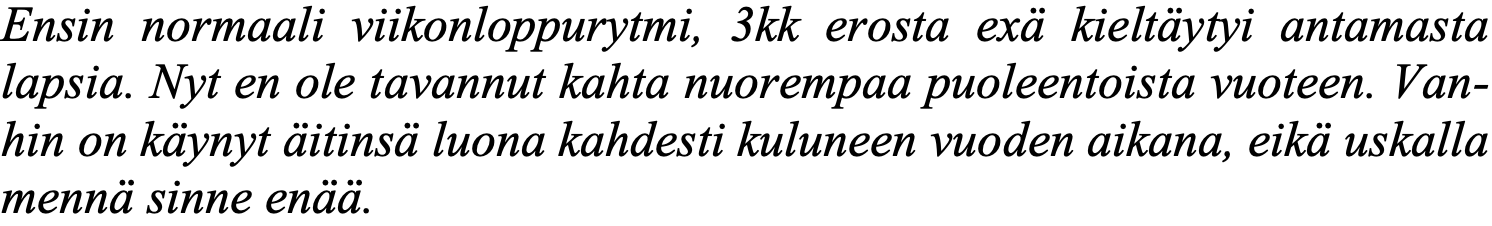
Ensin normaali viikonloppurytmi, 3kk erosta exä kieltäytyi antamasta lapsia. Nyt en ole tavannut kahta nuorempaa puoleentoista vuoteen. Van- hin on käynyt äitinsä luona kahdesti kuluneen vuoden aikana, eikä uskalla mennä sinne enää.